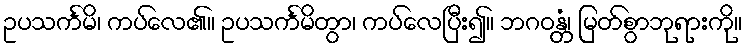
ဥပသင်္ကမိ၊ ကပ်လေ၏။ ဥပသင်္ကမိတွာ၊ ကပ်လေပြီး၍။ ဘဂဝန္တံ၊ မြတ်စွာဘုရားကို။